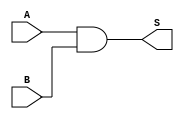
module ls08(
	input [7:0]A,
	input [7:0]B,
	output reg [7:0]S
);
always@(*)
begin
	S <= A & B;
end
endmodule